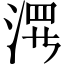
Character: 𱦶